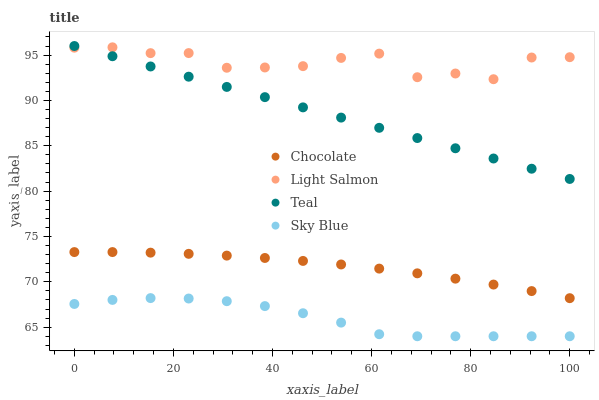
| xaxis_label | Chocolate | Light Salmon | Teal | Sky Blue |
 | --- | --- | --- | --- | --- |
 | 0 | 73.3 | 95.8 | 96 | 67.6 |
 | 7.69 | 73.3 | 95.9 | 94.9 | 68 |
 | 15.4 | 73.2 | 95.2 | 93.7 | 68.2 |
 | 23.1 | 73.1 | 95.2 | 92.6 | 68.2 |
 | 30.8 | 72.9 | 93.6 | 91.5 | 67.9 |
 | 38.5 | 72.6 | 93.6 | 90.4 | 67.3 |
 | 46.2 | 72.3 | 93.8 | 89.2 | 66.5 |
 | 53.8 | 71.9 | 94.7 | 88.1 | 65.5 |
 | 61.5 | 71.5 | 95.2 | 87 | 64.2 |
 | 69.2 | 70.9 | 92.6 | 85.9 | 64 |
 | 76.9 | 70.4 | 93 | 84.7 | 64 |
 | 84.6 | 69.7 | 92.3 | 83.6 | 64 |
 | 92.3 | 69 | 94.7 | 82.5 | 64 |
 | 100 | 68.2 | 94.8 | 81.3 | 64 |